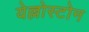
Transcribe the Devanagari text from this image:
येल्लोस्टोन